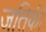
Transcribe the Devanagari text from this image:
जतिकी